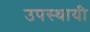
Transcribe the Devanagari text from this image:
उपस्थायी